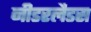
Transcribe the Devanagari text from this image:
नीडरलैडस